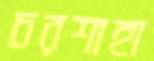
চরশাহা